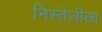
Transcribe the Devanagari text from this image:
निस्तेजीला